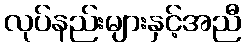
လုပ်နည်းများနှင့်အညီ